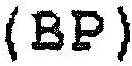
(BP)